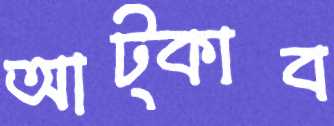
আট্‌কাব